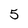
Character: 5